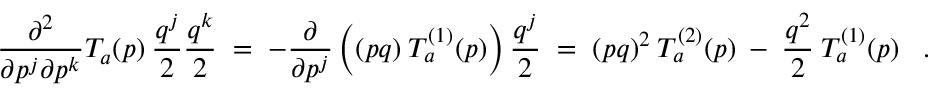
\frac { \partial ^ { 2 } } { \partial p ^ { j } \partial p ^ { k } } T _ { a } ( p ) \: \frac { q ^ { j } } { 2 } \frac { q ^ { k } } { 2 } \; = \; - \frac { \partial } { \partial p ^ { j } } \left( ( p q ) \: T _ { a } ^ { ( 1 ) } ( p ) \right) \frac { q ^ { j } } { 2 } \; = \; ( p q ) ^ { 2 } \: T _ { a } ^ { ( 2 ) } ( p ) \: - \: \frac { q ^ { 2 } } { 2 } \: T _ { a } ^ { ( 1 ) } ( p ) \; \; \; .